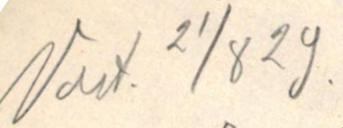
Vast. 21/8 29.